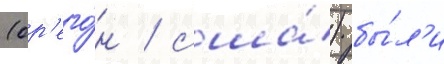
(ор'его́н / сша́) бы́л'и